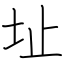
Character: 址